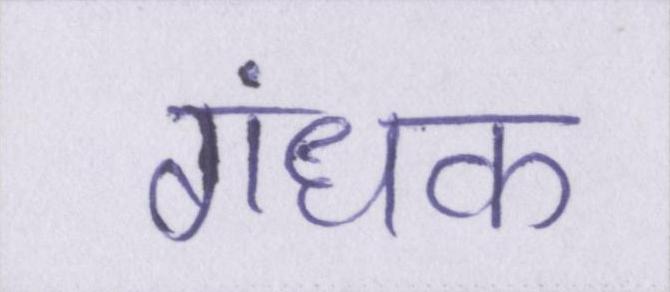
गंधक